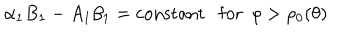
\alpha _ { 1 } B _ { 1 } - A _ { 1 } \beta _ { 1 } = \mathrm { c o n s t a n t } \ \ \ \mathrm { f o r } \ \ \rho > \rho _ { 0 } ( \theta )